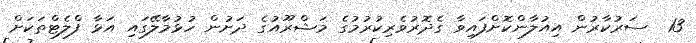
13  ސަރުކާރުން އިއުލާންކޮށްފައިވާ ގެދޮރުވެރިކުރުމުގެ މަޝްރޫއުގެ ދަށުން ހުޅުމާލޭގައި އަޅާ ފްލެޓްތަކަށް